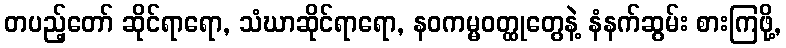
တပည့်တော် ဆိုင်ရာရော, သံဃာဆိုင်ရာရော, နဝကမ္မဝတ္ထုတွေနဲ့ နံနက်ဆွမ်း စားကြဖို့,